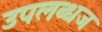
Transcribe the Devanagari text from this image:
उपलब्धज